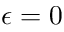
\epsilon = 0